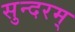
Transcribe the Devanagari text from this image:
सुन्‍दरम्